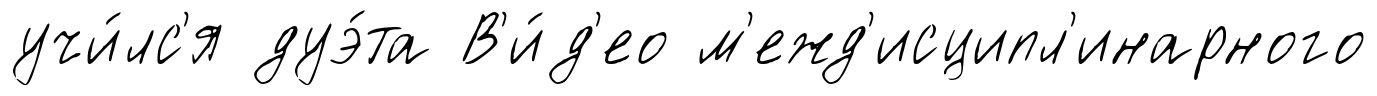
учи́лс'я дуэ́та В'и́д'ео м'ежд'исципл'инарного